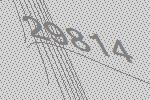
29814